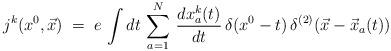
LaTeX: \begin{align*} j^k(x^0,{\vec x}) \;=\; e\, \int dt \, \sum_{a=1}^N \,\frac{dx^k_a(t)}{dt} \,\delta(x^0-t)\, \delta^{(2)}({\vec x}-{\vec x}_a (t))\end{align*}